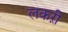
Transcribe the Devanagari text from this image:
लकऱी